Report on the treatment of epidemic cholera: from information collected by the governments of Bengal, Madras, Bombay, N.W. Provinces, Punjab, Oudh, and Central India, by order of the Government of India
Disease focus: Cholera
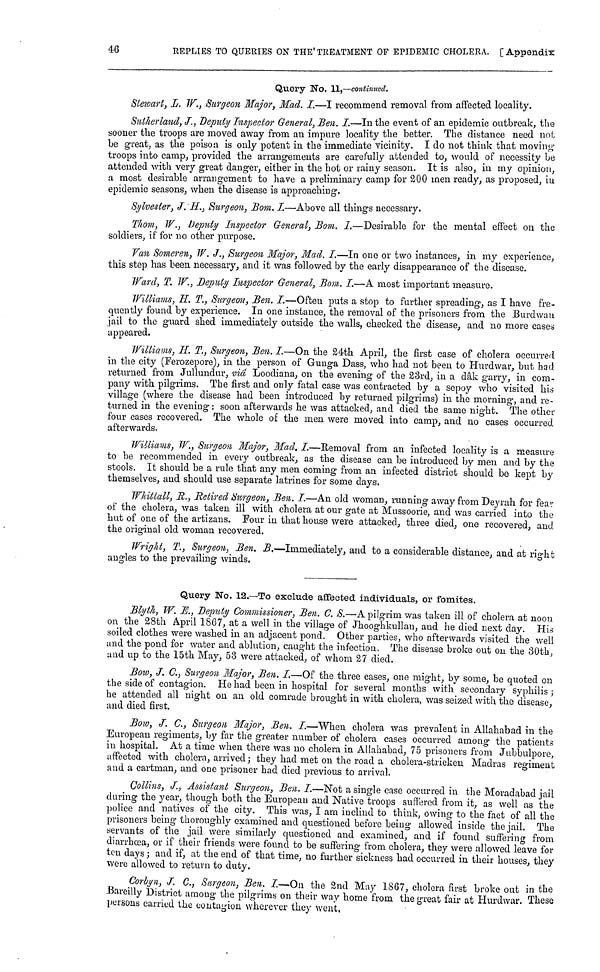
46
REPLIES TO QUERIES ON THE' TREATMENT OF EPIDEMIC CHOLERA. [ Appendix
Query No. 11,—continued.
Stewart, L. W., Surgeon Major, Mad. I.—I recommend removal from affected locality.
Sutherland, J, Deputy Inspector General, Ben. I.—In the event of an epidemic outbreak, the
sooner the troops are moved away from an impure locality the better. The distance need not
be great, as the poison is only potent in the immediate vicinity. I do not think that moving
troops into camp, provided the arrangements are carefully attended to, would of necessity be
attended with very great danger, either in the hot or rainy season. It is also, m my opinion,
a most desirable arrangement to have a preliminary camp for 200 men ready, as proposed, m
epidemic seasons, when the disease is approaching.
Sylvester, J. H., Surgeon, Bom. I.—Above all things necessary.
Thom, W., Deputy Inspector General, Bom. I.—Desirable for the mental effect on the
soldiers, if for no other purpose.
Van Someren, W. J., Surgeon Major, Mad. I.—In one or two instances, in my experience,
this step has been necessary, and it was followed by the early disappearance of the disease.
Ward, T. W., Deputy Inspector General, Bom. I.—A most important measure.
Williams, H. T., Surgeon, Ben. I.—Often puts a stop to further spreading, as I have fre-
quently found by experience. In one instance, the removal of the prisoners from the Burdwan
jail to the guard shed immediately outside the Avails, checked the disease, and 110 more cases
appeared.
Williams, H. T., Surgeon, Ben. I.—On the 24th April, the first case of cholera occurred
in the city (Ferozepore), in the person of Gunga Dass, who had not been to Hurdwar, but had
returned from Jullundur, via Loodiana, on the evening of the 23rd, in a dâk garry, in com-
pany with pilgrims. The first and only fatal case was contracted by a sepoy who visited his
village (where the disease had been introduced by returned pilgrims) in the morning, and re-
turned in the evening : soon afterwards he was attacked, and died the same night. The other
four cases recovered. The whole of the men were moved into camp, and no cases occurred
afterwards,
Williams, W., Surgeon Major, Mad. I.—Removal from an infected locality is a measure
to be recommended in every outbreak, as the disease can be introduced by men and by the
stools. It should be a rule that any men coming from an infected district should be kept by
themselves, and should use separate latrines for some days.
Whittall, R., Retired Surgeon, Ben. I.—An old woman, running away from Deyrah for fear
of the cholera, was taken ill with cholera at our gate at Mussoorie, and was carried into the
hut of one of the artizans. Four in that house were attacked, three died, one recovered, and
the original old woman recovered.
Wright, T., Surgeon, Ben. B.—Immediately, and to a considerable distance, and at right
angles to the prevailing winds.
Query No. 12.—To exclude affected individuals, or fomites.
Blyth, W. E., Deputy Commissioner, Ben. G. S.—A pilgrim was taken ill of cholera at noon
on the 28th April 1867, at a well in the village of Jhooghkullan, and he died next day. His
soiled clothes were washed in an adjacent pond. Other parties, who afterwards visited the well
and the pond for water and ablution, caught the infection. The disease broke out on the 30th,
and up to the 15th May, 53 were attacked, of whom 27 died.
Bow, J. C., Surgeon Major, Ben. I.—Of the three cases, one might, by some, be quoted on
the side of contagion. He had been in hospital for several months with secondary syphilis ;
he attended all night on an old comrade brought in with cholera, was seized with the disease,
and died first.
Bow, J. C., Surgeon Major, Ben. I.—When cholera was prevalent in Allahabad in the
European regiments, by far the greater number of cholera cases occurred among the patients
in hospital. At a time when there was no cholera in Allahabad, 75 prisoners from Jubbulpore,
affected with cholera, arrived ; they had met on the road a cholera-stricken Madras regiment
and a cartman, and one prisoner had died previous to arrival.
Collins, J., Assistant Surgeon, Ben. I.—Not a single case occurred in the Moradabad jail
during the year, though both the European and Native troops suffered from it, as well as the
police and natives of the city. This was, I am iuclind to think, owing to the fact of all the
prisoners being thoroughly examined and questioned before being allowed inside the jail. The
servants of the jail were similarly questioned and examined, and if found suffering from
diarrhœa, or if their friends were found to be suffering from cholera, they were allowed leave for
ton days ; and if, at the end of that time, no further sickness had occurred in their houses, they
were allowed to return to duty.
Corbyn, J. C., Surgeon, Ben. I.—On the 2nd May 1867, cholera first broke out in the
Bareilly District among the pilgrims on their way home from the great fair at Hurdwar. These
persons carried the contagion wherever they went,